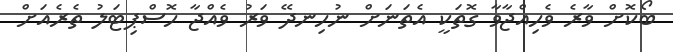
ބޯކޮށް ވާރެ ވެހިއްޖާވާ ގޮތަކީ އެތަނަށް ނުހިނދޭ ވަރު ވެއްޖާ ހޮސްޕިޓަލު ތެރެއަށް